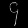
Digit: ၄